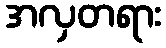
အလှတရား